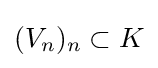
(V_{n})_{n}\subset K